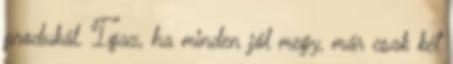
produkál. Igaz, ha minden jól megy, már csak két